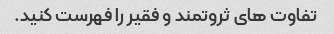
تفاوت های ثروتمند و فقیر را فهرست کنید.